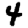
Digit: 4